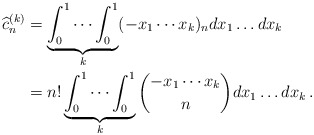
\begin{align*}\widehat c_n^{(k)}&=\underbrace{\int_0^1\cdots\int_0^1}_k(-x_1\cdots x_k)_n dx_1\dots dx_k\\&=n!\underbrace{\int_0^1\cdots\int_0^1}_k\binom{-x_1\cdots x_k}{n}dx_1\dots dx_k\,.\end{align*}